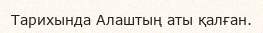
Тарихында Алаштың аты қалған.